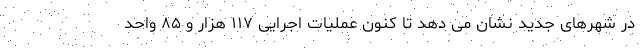
در شهرهای جدید نشان می دهد تا کنون عملیات اجرایی ۱۱۷ هزار و ۸۵ واحد